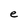
Character: e